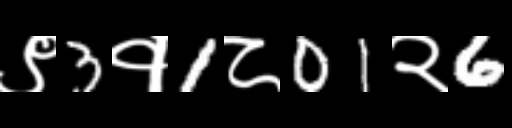
Text: ९3१1८01२6